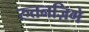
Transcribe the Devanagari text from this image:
रुतनज़िगे